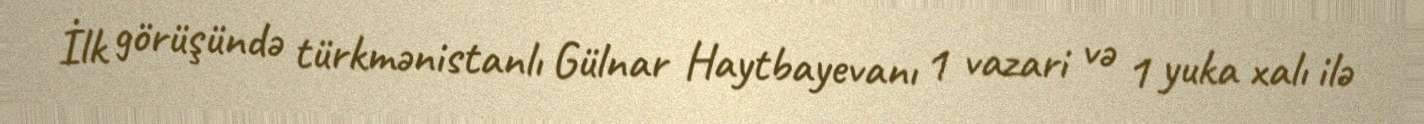
İlk görüşündə türkmənistanlı Gülnar Haytbayevanı 1 vazari və 1 yuka xalı ilə